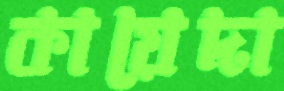
কায়েদা